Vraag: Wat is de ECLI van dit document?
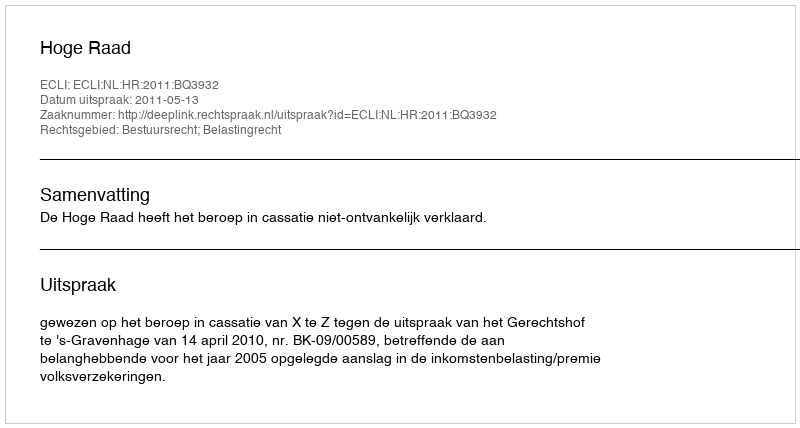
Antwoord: ECLI:NL:HR:2011:BQ3932